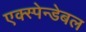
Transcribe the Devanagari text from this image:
एक्स्पेन्डेबल